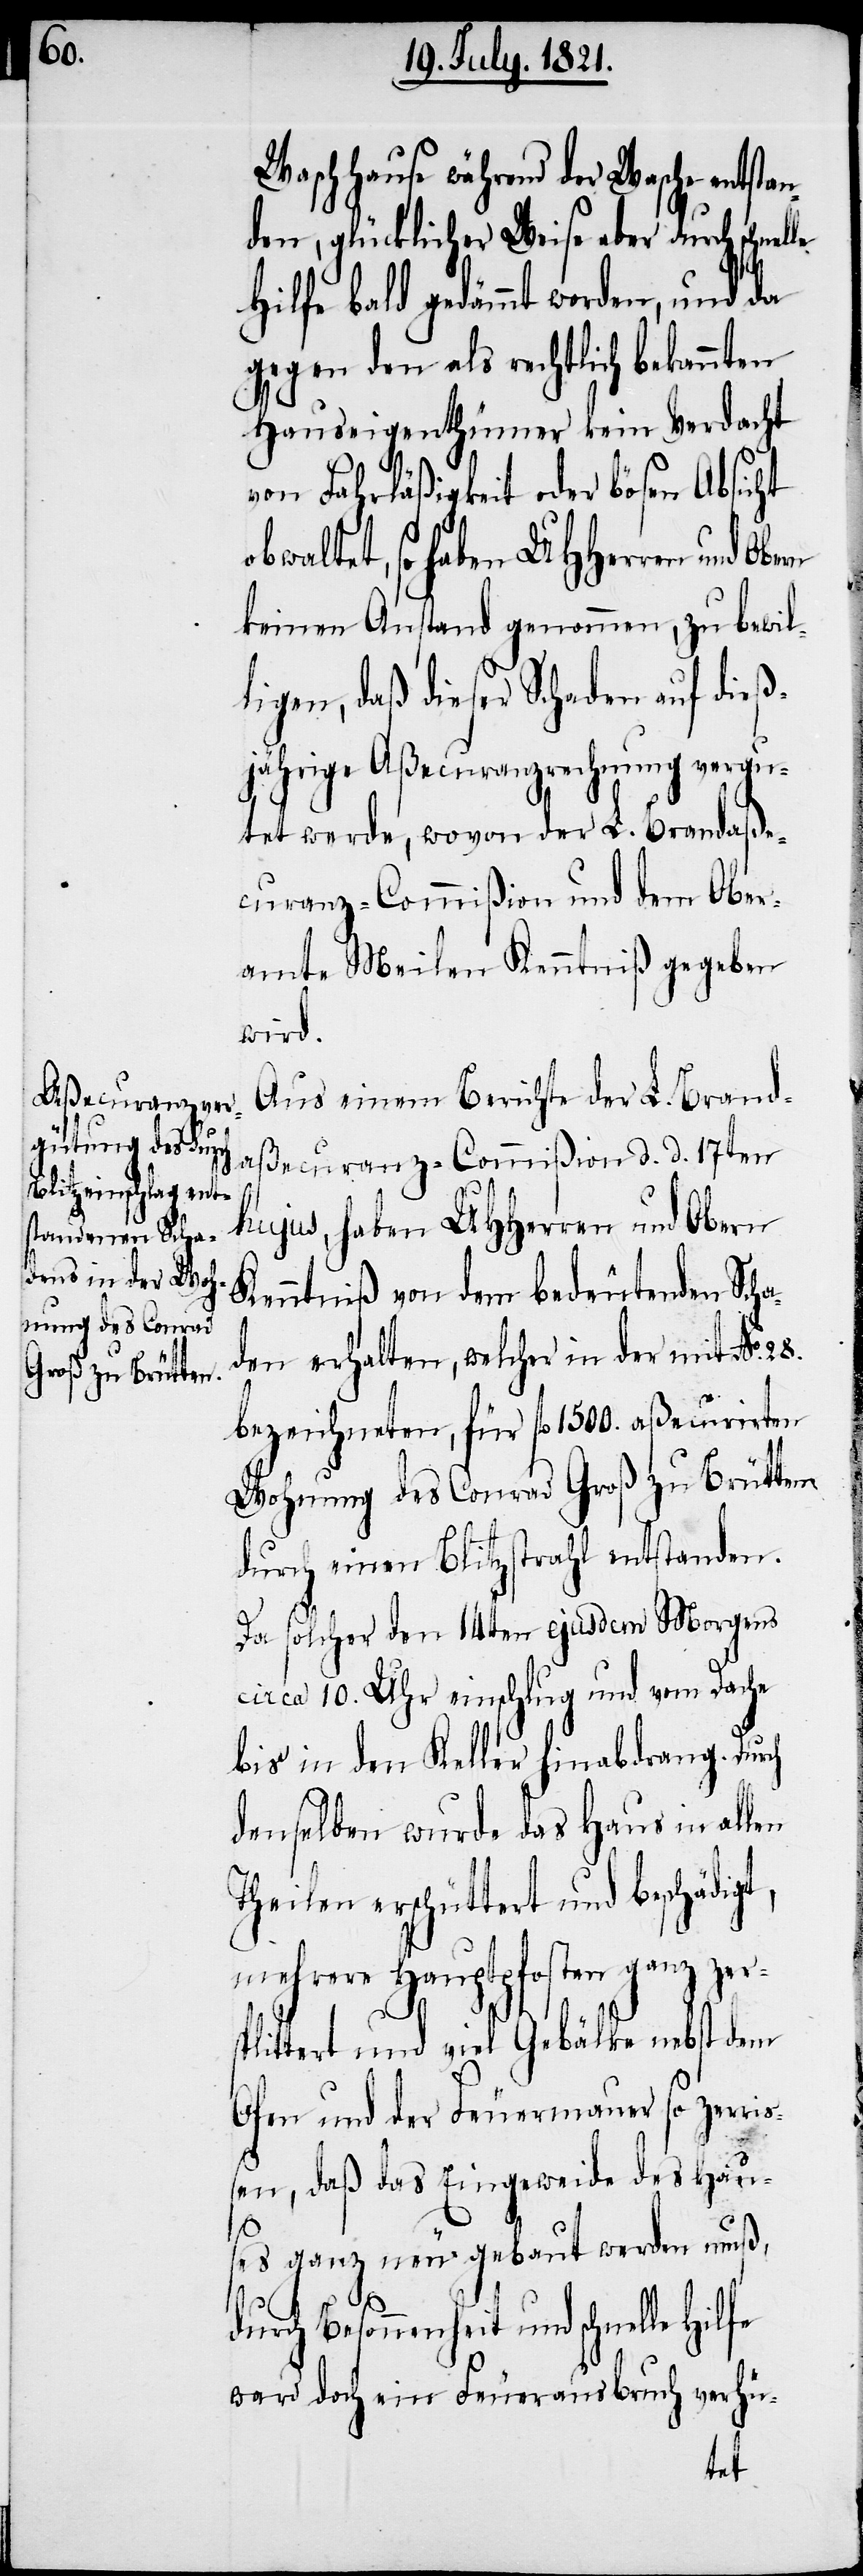
Waschhause während der Wasche entsta¬
nden, glücklicher Weise aber durch schne¬
Hilfe bald gedämmt worden, und da
gegen den als rechtlich bekannten
Hauseigenthümer kein Verdacht
von Fahrläßigkeit oder bösen Absicht
obwaltet, so haben UHHerren und
keinen Anstand genommen, zu bewil¬
ligen, daß dieser Schaden auf die
jährige Aßecuranzrechnung vergu¬
tet werde, wovon der L. Brandaße¬
curanz-Commißion und dem Ober¬
amte Meilen Kenntniß gegeben
wird.
Aus einem Berichte der L. Brand¬
aßecuranz-Commißion d. d. 17ten
hujus, haben UHHerren und Obern
Kenntniß von dem bedeutenden Scha¬
den erhalten, welcher in der mit No.
bezeichneten, für fl. 1500. aßecurirten
Wohnung des Conrad Groß zu Brütten
durch einen Blitzstrahl entstanden.
Da solcher den 14ten ejusdem Morgens
circa 10. Uhr einschlug und vom Dache
bis in den Keller hinabdrang. Durch
denselben wurde das Haus in allen
Theilen erschüttert und beschädigt,
mehrere Hauptpfosten ganz zer¬
splittert und viel Gebälke nebst dem
Ofen und der Feuermauer so zerri¬
ßen, daß das Eingeweide des Hau¬
ses ganz neu gebaut werden muß,
durch Besonnenheit und schnelle
ward doch ein Feuerausbruch verhü-
dieß¬